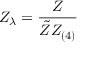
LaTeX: Z _ { \lambda } = \frac { Z } { \tilde { Z } Z _ { ( 4 ) } }